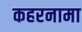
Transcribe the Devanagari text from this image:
कहरनामा